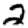
Digit: 2